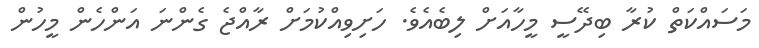
މަސައްކަތް ކުރާ ބިދޭސީ މީހާއަށް ލިބެއެވެ. ހަށިވިއްކުމަށް ރާއްޖެ ގެންނަ އަންހެން މީހުން